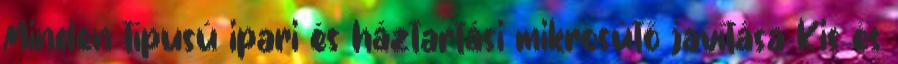
Minden típusú ipari és háztartási mikrosütő javítása Kis és